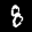
Label: 8